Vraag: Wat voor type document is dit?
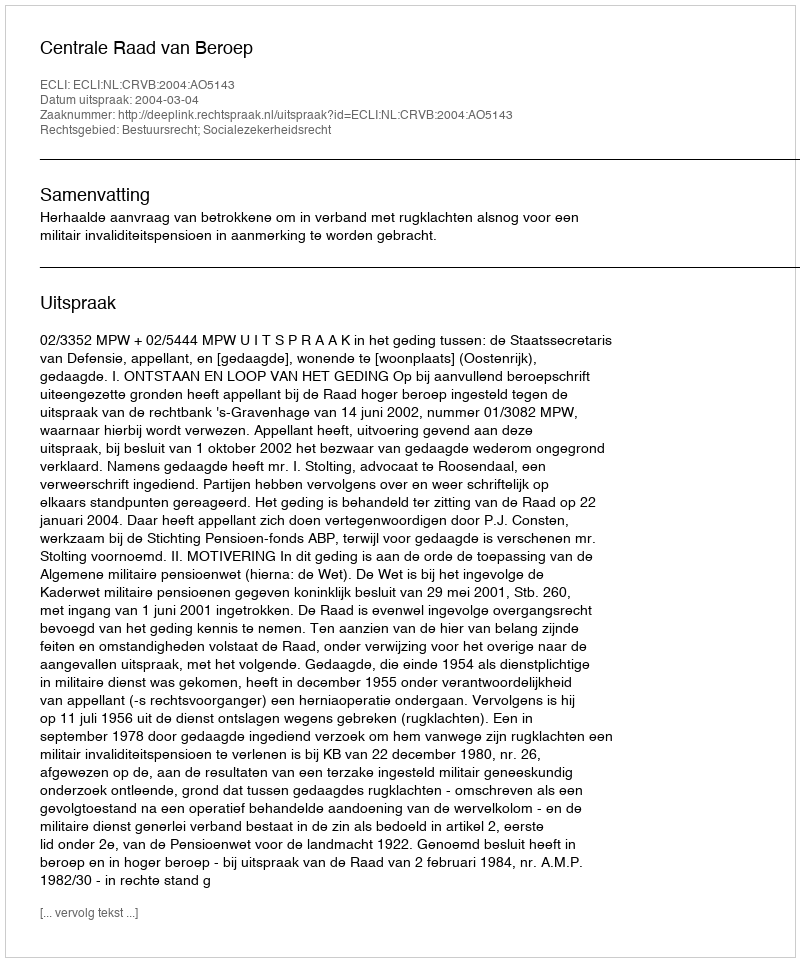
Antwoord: Uitspraak